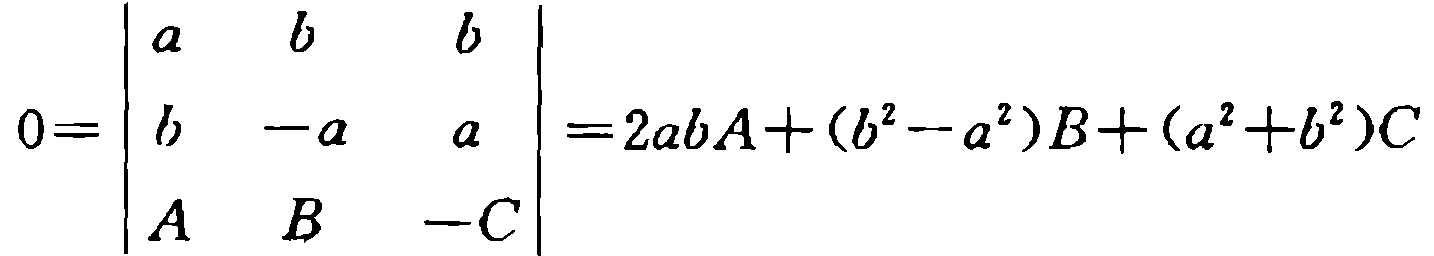
\[

0=\begin{vmatrix}

a & b & b \\

b & -a & a \\

A & B & -C

\end{vmatrix}=2abA+(b^{2}-a^{2})B+(a^{2}+b^{2})C

\]